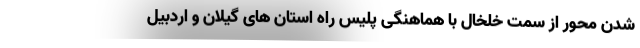
شدن محور از سمت خلخال با هماهنگی پلیس راه استان های گیلان و اردبیل